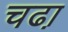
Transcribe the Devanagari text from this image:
चढा़